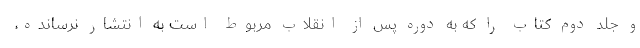
و جلد دوم کتاب را که به دوره پس از انقلاب مربوط است به انتشار نرسانده،